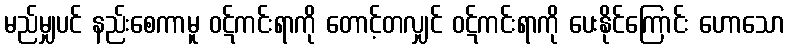
မည်မျှပင် နည်းစေကာမူ ဝဋ်ကင်းရာကို တောင့်တလျှင် ဝဋ်ကင်းရာကို ပေးနိုင်ကြောင်း ဟောသော